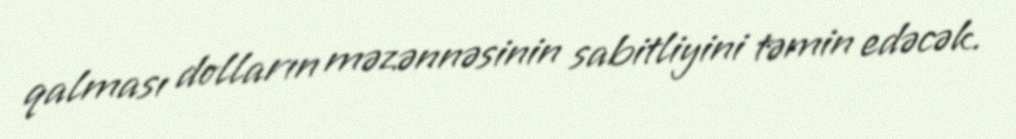
qalması dolların məzənnəsinin sabitliyini təmin edəcək.